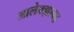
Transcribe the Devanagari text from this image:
आलेक्झानद्र